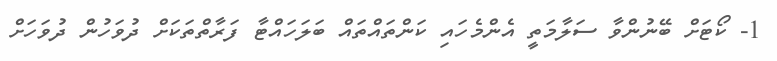
1- ކޯޓަށް ބޭނުންވާ ސަލާމަތީ އެންމެހައި ކަންތައްތައް ބަލަހައްޓާ ފަރާތްތަކަށް ދުވަހުން ދުވަހަށް